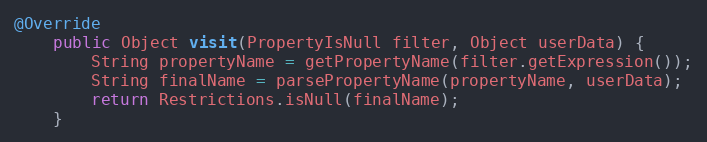
Language: Java
@Override
	public Object visit(PropertyIsNull filter, Object userData) {
		String propertyName = getPropertyName(filter.getExpression());
		String finalName = parsePropertyName(propertyName, userData);
		return Restrictions.isNull(finalName);
	}